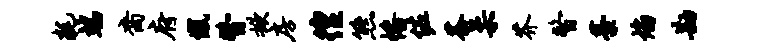
耗端裔府憾瞥掀房徨熊幡佐茶柔芥瞥藁焰勘